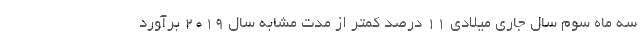
سه ماه سوم سال جاری میلادی 11 درصد کمتر از مدت مشابه سال 2019 برآورد